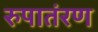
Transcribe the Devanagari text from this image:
रुपातंरण